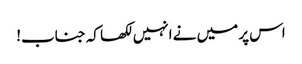
اس پر میں نے انہیں لکھا کہ جناب!